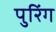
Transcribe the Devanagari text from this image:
पुरिंग